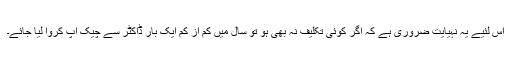
اس لئیے یہ نہیایت ضروری ہے کہ اگر کوئی تکلیف نہ بھی ہو تو سال میں کم از کم ایک بار ڈاکٹر سے چیک اپ کروا لیا جائے۔